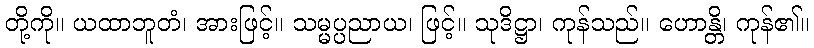
တို့ကို။ ယထာဘူတံ၊ အားဖြင့်။ သမ္မပ္ပညာယ၊ ဖြင့်။ သုဒိဋ္ဌာ၊ ကုန်သည်။ ဟောန္တိ၊ ကုန်၏။